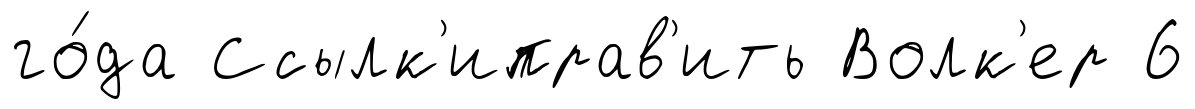
го́да Ссылк'иправ'ить Волк'ер 6